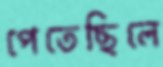
পেতেছিলে